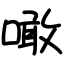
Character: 噉